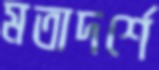
মতাদর্শে